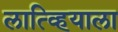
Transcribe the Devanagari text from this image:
लात्व्हियाला